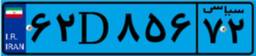
۶۲D۸۵۶۷۲